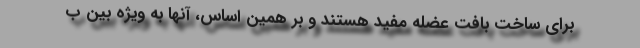
برای ساخت بافت عضله مفید هستند و بر همین اساس، آنها به ویژه بین ب